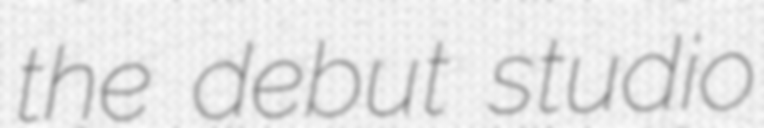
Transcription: the debut studio